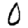
Digit: 0